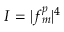
I = | f _ { m } ^ { p } | ^ { 4 }